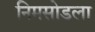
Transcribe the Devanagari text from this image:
निमसोडला